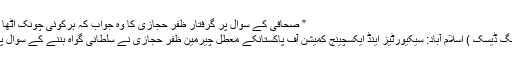
” صحافی کے سوال پر گرفتار ظفر حجازی کا وہ جواب کہ ہرکوئی چونک اٹھا - NAYIWEB
اسلام آباد(مانیٹرنگ ڈیسک ) اسلام آباد: سیکیورٹیز اینڈ ایکسچینج کمیشن آف پاکستانکے معطل چیرمین ظفر حجازی نے سلطانی گواہ بننے کے سوال پر لاحول پڑھ لیا۔